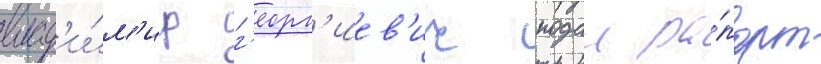
влад'и́м'ир г'еорг'иев'ич подал ра́порт